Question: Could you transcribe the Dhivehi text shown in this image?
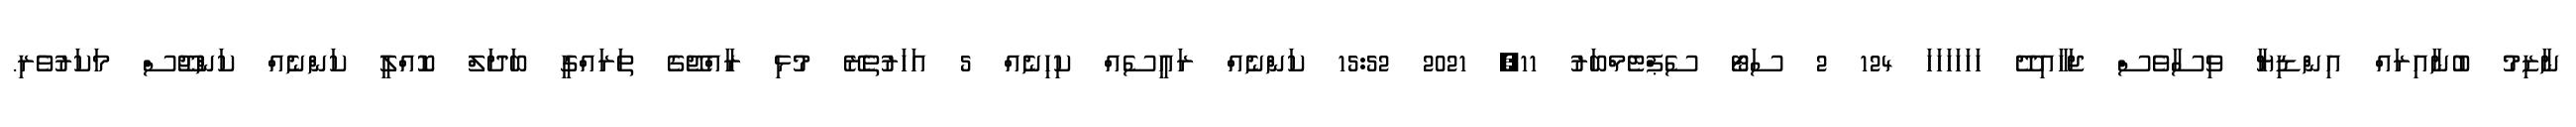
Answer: ނާޒިމު ބުނާއިރައް އިންޑިޔާ ވިސާވެސް ޖަހާއިދޭ ހަހަހަހަހަހަ 124 2 ސަޓޯ ސެޕްޓެމްބަރު 11, 2021 15:52 ކަންނެއް ރައީސެއް ކިހިނެއް 5 އަހަރުތެރޭ މުޅި ރާއްޖޭގެ ތަރައްގީ ބަދަލް ކޮއްލީ ކަންނެއް ކަންޖޫސް މަކަރުވެރި.